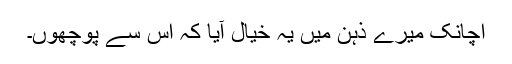
اچانک میرے ذہن میں یہ خیال آیا کہ اس سے پوچھوں۔